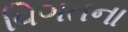
વિગતના